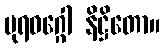
ပုရဝဂ္ဂေါ နိဋ္ဌိတော။